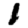
Digit: 1